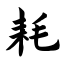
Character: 耗